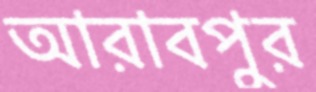
আরাবপুর